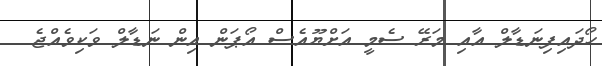
ހޯދައިފިނަޑާލް އާއި މަރޭ ސެމީ އަށްޔޫއެސް އޯޕަން އިން ނަޑާލް ވަކިވެއްޖެ